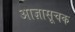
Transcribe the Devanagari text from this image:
आज्ञासूचक